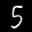
Digit: 5